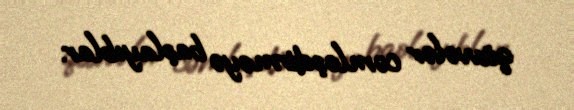
qüvvələr cəmləşdirməyə başlayıblar.